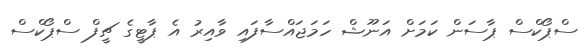
ސްޕޯކްސް ޕާސަން ކަމަށް އަނޫޝް ހަމަޖައްސާފައި ވާއިރު އެ ޕާޓީގެ ޗީފް ސްޕޯކްސް